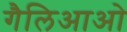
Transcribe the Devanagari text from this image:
गैलिआओ